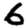
Digit: 6